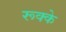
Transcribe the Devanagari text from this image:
रूक्‍के